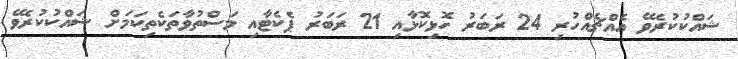
ޝައްކުކުރެވޭ އެއްޗެއްހުރި 24 ރަބަރު ހޮޅިކޮޅާއި 21 ރަބަރު ޕެކެޓާއި މަސްތުވާތަކެތިކަމަށް ޝައްކުކުރެވޭ